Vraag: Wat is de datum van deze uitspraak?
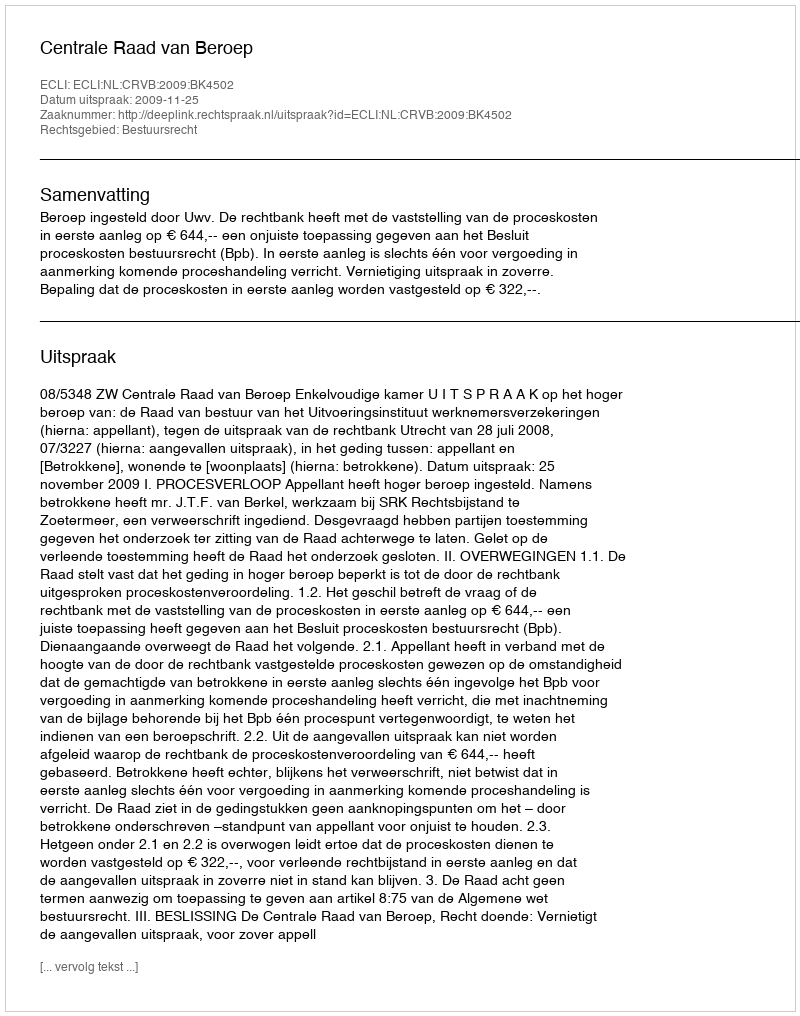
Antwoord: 2009-11-25